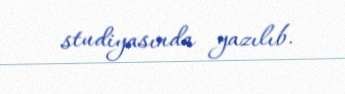
studiyasında yazılıb.